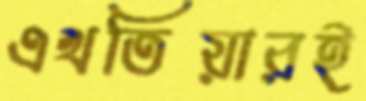
এখতিয়ারই